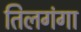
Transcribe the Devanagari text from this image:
तिलगंगा